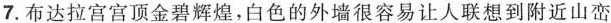
7. 布达拉宫宫顶金碧辉煌，白色的外墙很容易让人联想到附近山峦